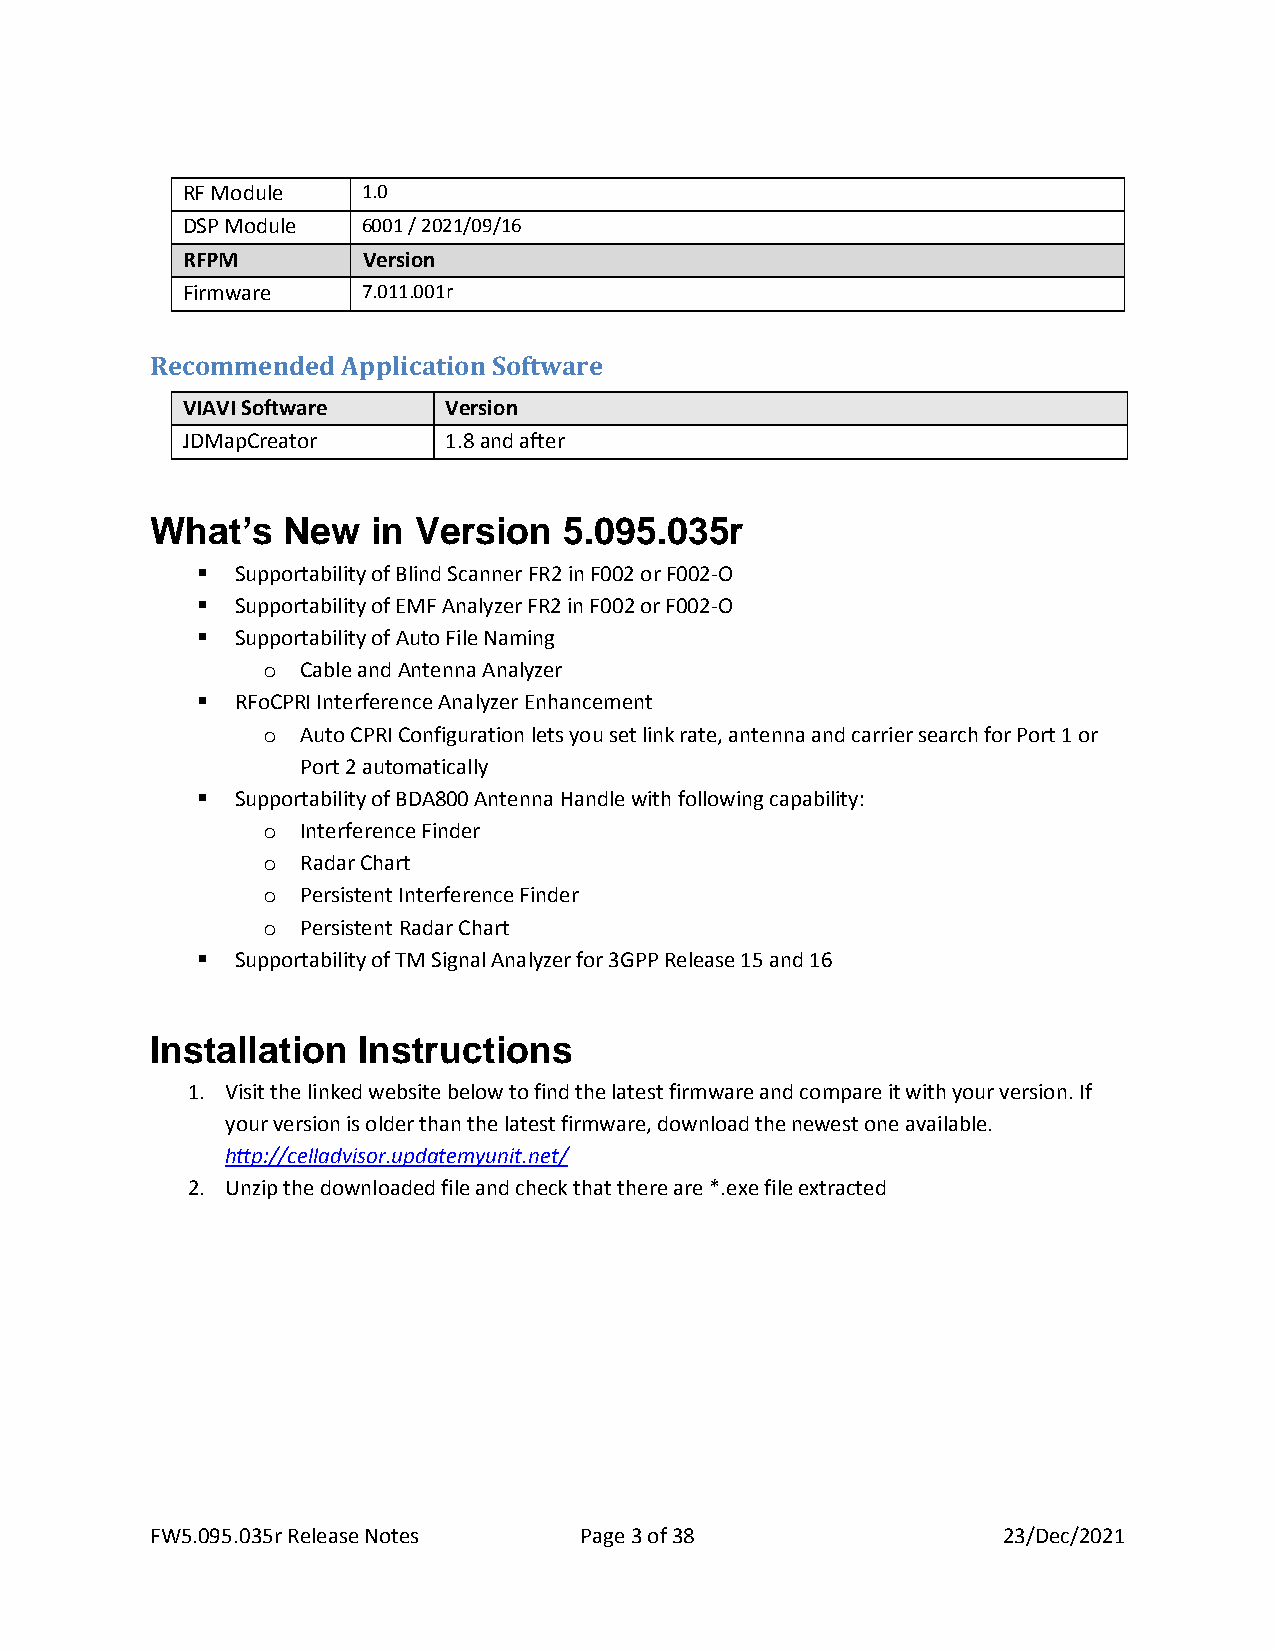
RF Module   1.0
 DSP Module  6001 / 2021/09/16
 RFPM        Version
 Firmware    7.011.001r
 Recommended  Application Software
 VIAVI Software   Version
 JDMapCreator     1.8 and after
 What’s   New   in Version  5.095.035r
 ▪  Supportability of Blind Scanner FR2 in F002 or F002-O
 ▪  Supportability of EMF Analyzer FR2 in F002 or F002-O
 ▪  Supportability of Auto File Naming
 o  Cable and Antenna Analyzer
 ▪  RFoCPRI Interference Analyzer Enhancement
 o  Auto CPRI Configuration lets you set link rate, antenna and carrier search for Port 1 or
 Port 2 automatically
 ▪  Supportability of BDA800 Antenna Handle with following capability:
 o  Interference Finder
 o  Radar Chart
 o  Persistent Interference Finder
 o  Persistent Radar Chart
 ▪  Supportability of TM Signal Analyzer for 3GPP Release 15 and 16
 Installation  Instructions
 1. Visit the linked website below to find the latest firmware and compare it with your version. If
 your version is older than the latest firmware, download the newest one available.
 http://celladvisor.updatemyunit.net/
 2. Unzip the downloaded file and check that there are *.exe file extracted
 FW5.095.035r Release Notes  Page 3 of 38                23/Dec/2021